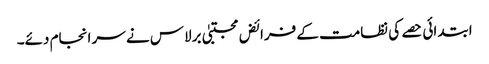
ابتدائی حصے کی نظامت کے فرائض مجتبیٰ برلاس نے سر انجام دئے۔